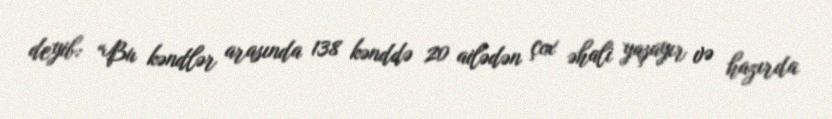
deyib: “Bu kəndlər arasında 138 kənddə 20 ailədən çox əhali yaşayır və hazırda